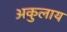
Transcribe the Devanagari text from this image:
अकुलाय